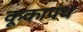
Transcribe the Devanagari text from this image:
कूकापंथ